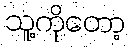
သူ့ကိုတော့